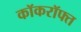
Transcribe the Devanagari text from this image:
कॉकरॉफ्त